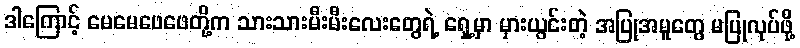
ဒါကြောင့် မေမေဖေဖေတို့က သားသားမီးမီးလေးတွေရဲ့ ရှေ့မှာ မှားယွင်းတဲ့ အပြုအမူတွေ မပြုလုပ်ဖို့